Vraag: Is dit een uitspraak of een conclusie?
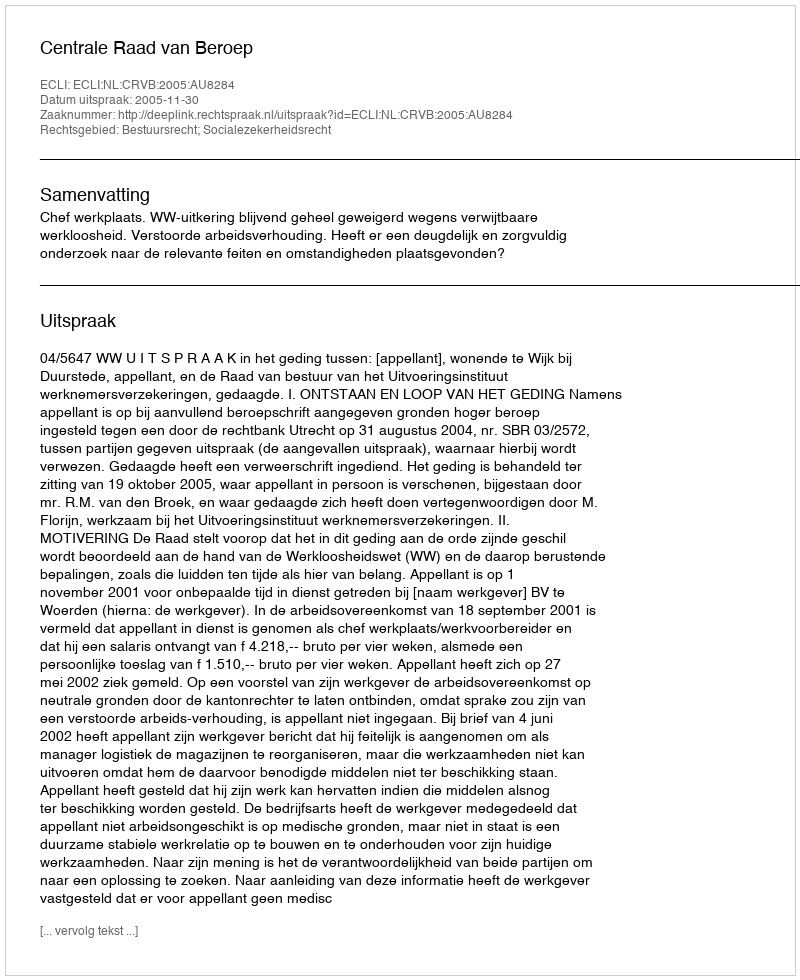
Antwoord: Uitspraak